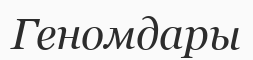
Геномдары